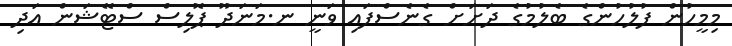
މިމީހުން ފުލުހުންގެ ބެލުމުގެ ދަށަށް ގެނެސްފައި ވަނީ ނ.މަނަދޫ ޕޮލިސް ސްޓޭޝަން އަދި